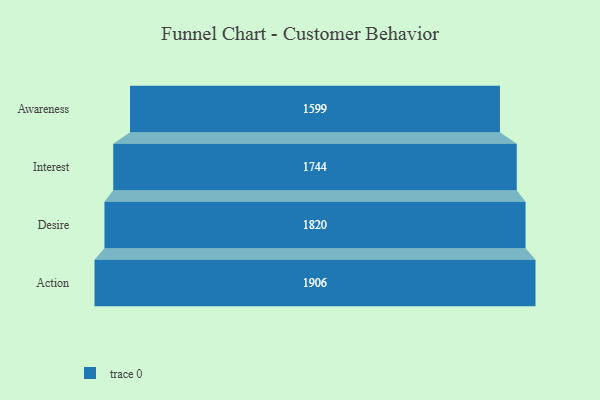
{"axis": {"x": "Stage", "y": "Value"}, "legend": [""], "data": [{"x": "Awareness", "y": 1599.0, "type": ""}, {"x": "Interest", "y": 1744.0, "type": ""}, {"x": "Desire", "y": 1820.0, "type": ""}, {"x": "Action", "y": 1906.0, "type": ""}]}